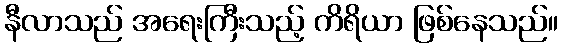
နီလာသည် အရေးကြီးသည့် ကိရိယာ ဖြစ်နေသည်။